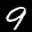
Label: 9